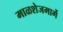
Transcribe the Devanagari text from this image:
माळशेजमार्गे